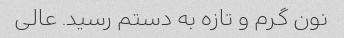
نون گرم و تازه به دستم رسید. عالی